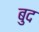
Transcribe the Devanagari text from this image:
बुद